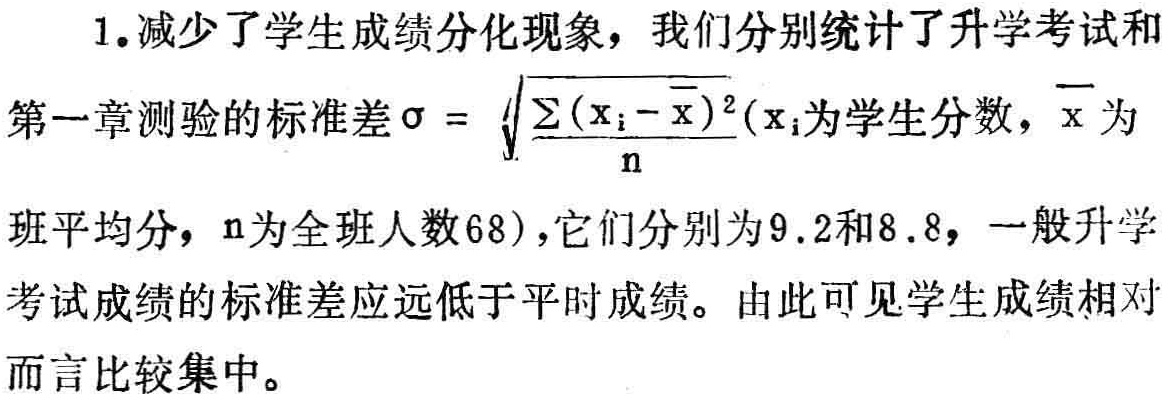
1.减少了学生成绩分化现象，我们分别统计了升学考试和

第一章测验的标准差\(\sigma = \sqrt{\frac{\sum(\mathrm{x}_{\mathrm{i}}-\overline{\mathrm{x}})^{2}}{\mathrm{n}}}(\mathrm{x}_{\mathrm{i}}\)为学生分数，\(\overline{\mathrm{x}}\)为

班平均分，\(\mathrm{n}\)为全班人数\(68)\)，它们分别为\(9.2\)和\(8.8\)，一般升学

考试成绩的标准差应远低于平时成绩。由此可见学生成绩相对

而言比较集中。